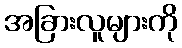
အခြားလူများကို